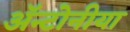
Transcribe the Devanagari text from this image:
ॲन्टोनीया